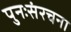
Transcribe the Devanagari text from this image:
पुनःसंरचना